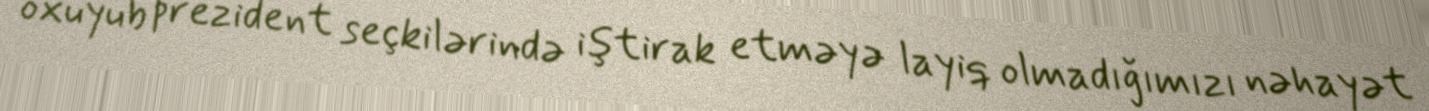
oxuyub prezident seçkilərində iştirak etməyə layiq olmadığımızı nəhayət